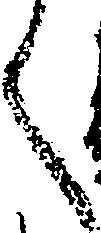
く